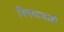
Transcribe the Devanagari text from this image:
विषयाचाही